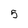
Character: 5